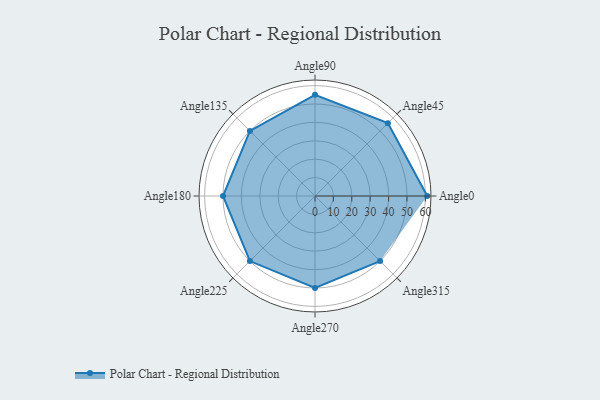
{"axis": {"x": "Angle", "y": "Radius"}, "legend": [""], "data": [{"x": "Angle0", "y": 61.0, "type": ""}, {"x": "Angle45", "y": 56.0, "type": ""}, {"x": "Angle90", "y": 55.0, "type": ""}, {"x": "Angle135", "y": 50.0, "type": ""}, {"x": "Angle180", "y": 50.0, "type": ""}, {"x": "Angle225", "y": 50, "type": ""}, {"x": "Angle270", "y": 50, "type": ""}, {"x": "Angle315", "y": 50, "type": ""}]}